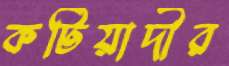
কটিয়াদীর